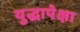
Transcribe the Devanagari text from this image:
युद्धापेक्षा